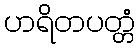
ဟရိတပတ္တံ